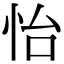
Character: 怡